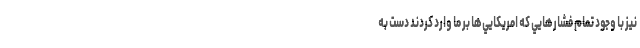
نيز با وجود تمام فشارهايي كه امريكايي‌ها بر ما وارد كردند دست به